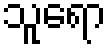
သူရော